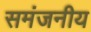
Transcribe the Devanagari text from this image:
समंजनीय